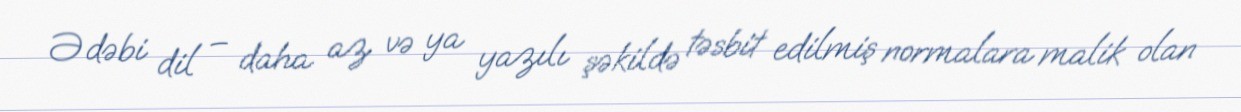
Ədəbi dil – daha az və ya yazılı şəkildə təsbit edilmiş normalara malik olan